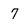
Character: 7